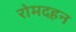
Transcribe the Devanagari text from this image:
रोमदहन